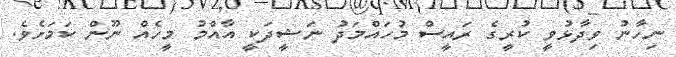
ނިހާނު ވިދާޅުވީ ކުރީގެ ރައީސް މުހައްމަދު ނަޝީދަކީ އާއްމު މީހެއް ނޫން ކަމަށެވެ.